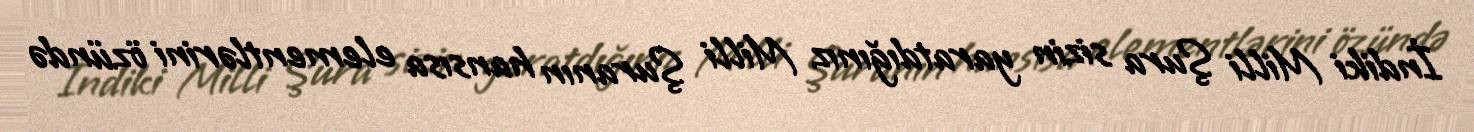
İndiki Milli Şura sizin yaratdığınız Milli Şuranın hansısa elementlərini özündə